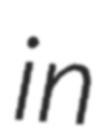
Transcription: in